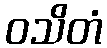
ဝသိတံ